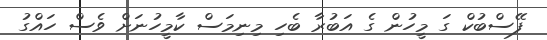
ފޭސްބުކް ގަ މީހުން ގެ އަބުރާ ބެހި މިނިމަސް ކާމީހުނަށް ވެސް ހައްގު